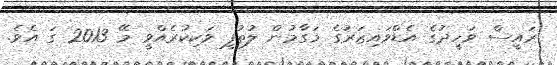
ރައީސް ވަހީދުގެ އެޑްވައިޒަރުގެ މަގާމުން ލުތުފީ ވަކިކުރެއްވީ މޭ 2013 ގަ އެވެ.